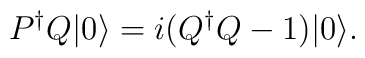
P^{\dagger}Q|0\rangle=i(Q^{\dagger}Q-1)|0\rangle.